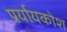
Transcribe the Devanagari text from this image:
प्रर्यायकोश